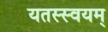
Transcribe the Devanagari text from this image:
यतस्स्वयम्